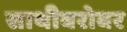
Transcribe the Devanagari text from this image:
साथीबरोबर